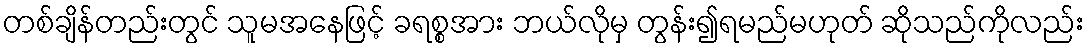
တစ်ချိန်တည်းတွင် သူမအနေဖြင့် ခရစ္စအား ဘယ်လိုမှ တွန်း၍ရမည်မဟုတ် ဆိုသည်ကိုလည်း